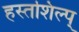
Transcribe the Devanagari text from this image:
हस्तशिल्प्